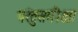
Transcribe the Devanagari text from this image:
परंतुसमीक्षा